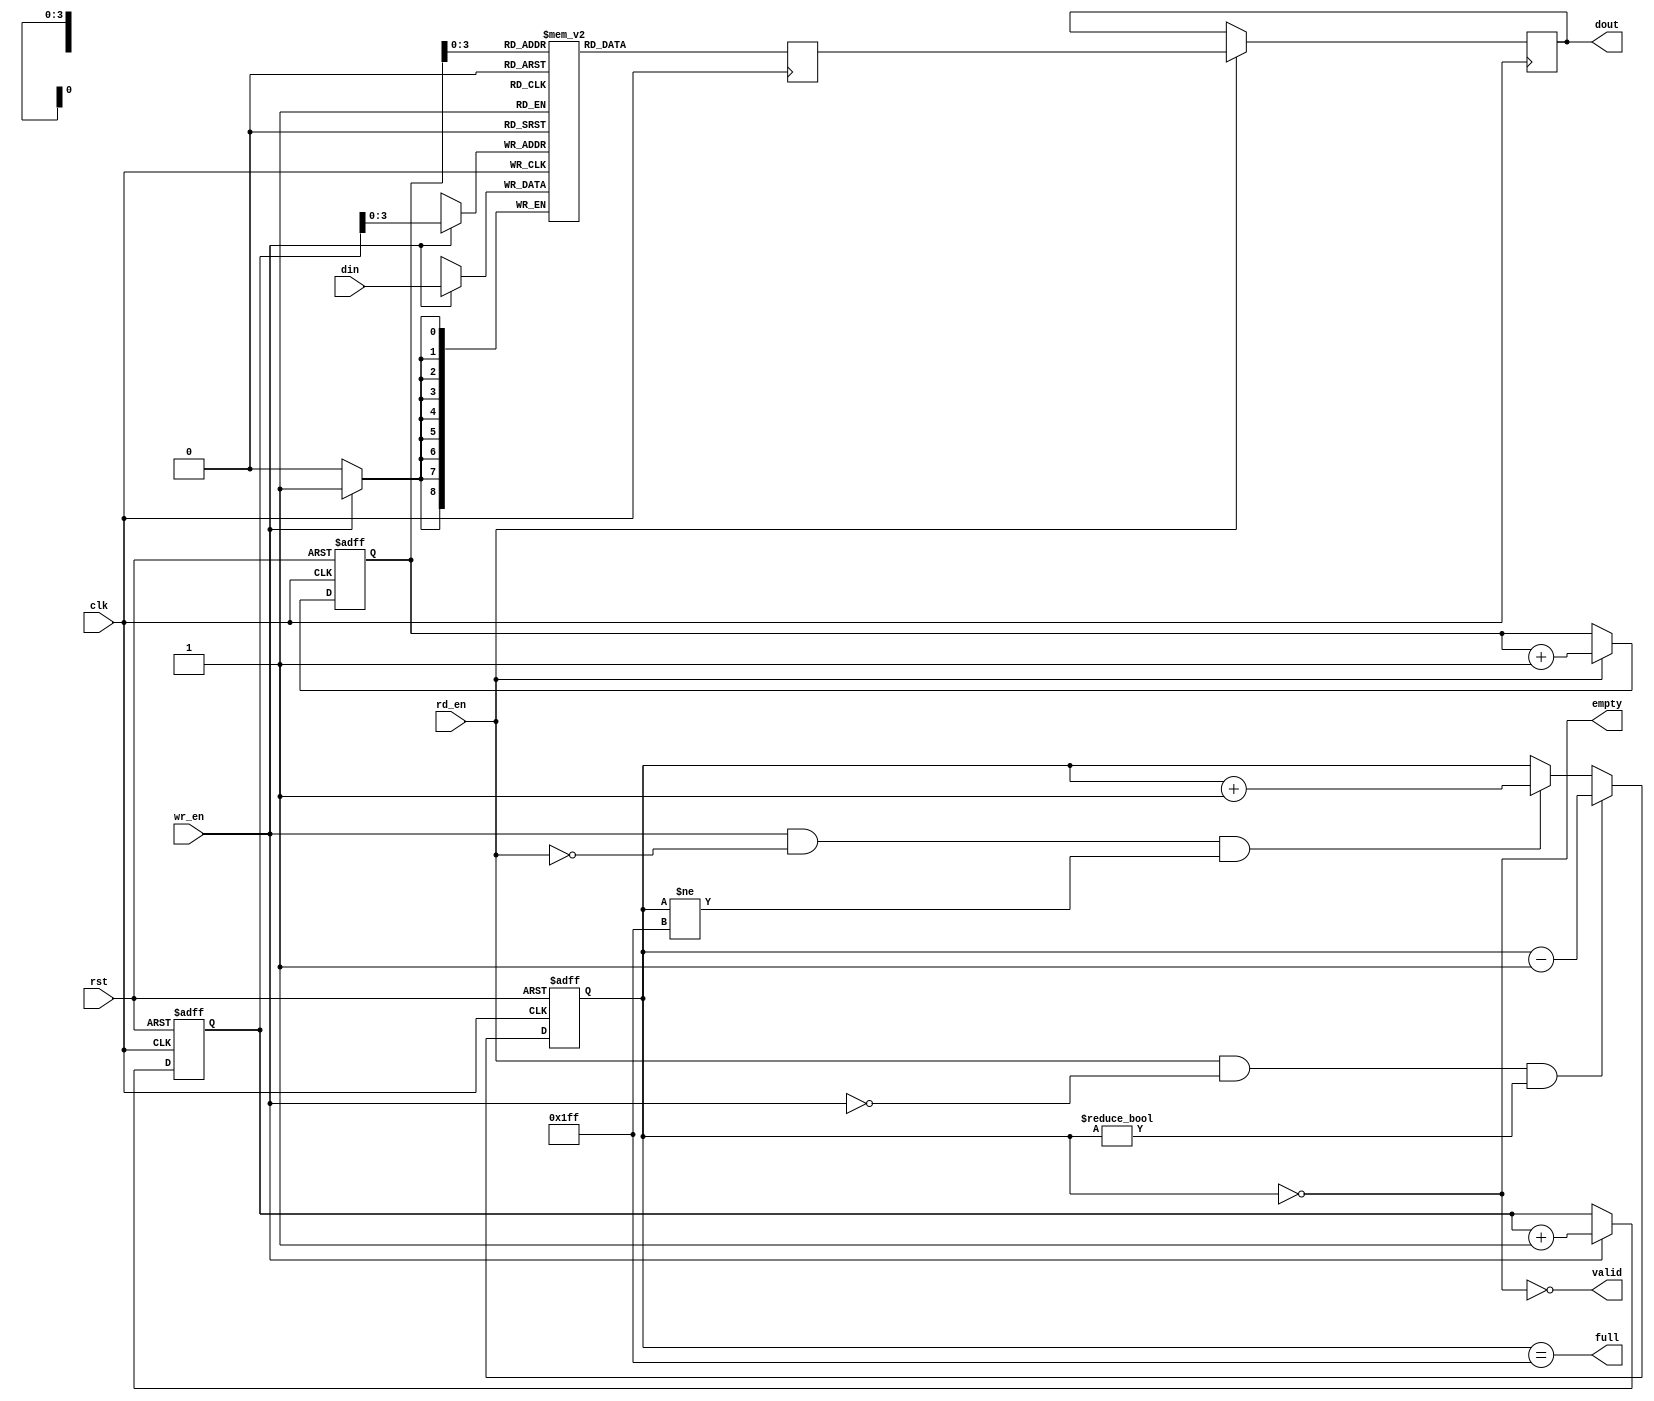
/*******************************************************************************
*     This file is owned and controlled by Xilinx and must be used             *
*     solely for design, simulation, implementation and creation of            *
*     design files limited to Xilinx devices or technologies. Use              *
*     with non-Xilinx devices or technologies is expressly prohibited          *
*     and immediately terminates your license.                                 *
*                                                                              *
*     XILINX IS PROVIDING THIS DESIGN, CODE, OR INFORMATION "AS IS"            *
*     SOLELY FOR USE IN DEVELOPING PROGRAMS AND SOLUTIONS FOR                  *
*     XILINX DEVICES.  BY PROVIDING THIS DESIGN, CODE, OR INFORMATION          *
*     AS ONE POSSIBLE IMPLEMENTATION OF THIS FEATURE, APPLICATION              *
*     OR STANDARD, XILINX IS MAKING NO REPRESENTATION THAT THIS                *
*     IMPLEMENTATION IS FREE FROM ANY CLAIMS OF INFRINGEMENT,                  *
*     AND YOU ARE RESPONSIBLE FOR OBTAINING ANY RIGHTS YOU MAY REQUIRE         *
*     FOR YOUR IMPLEMENTATION.  XILINX EXPRESSLY DISCLAIMS ANY                 *
*     WARRANTY WHATSOEVER WITH RESPECT TO THE ADEQUACY OF THE                  *
*     IMPLEMENTATION, INCLUDING BUT NOT LIMITED TO ANY WARRANTIES OR           *
*     REPRESENTATIONS THAT THIS IMPLEMENTATION IS FREE FROM CLAIMS OF          *
*     INFRINGEMENT, IMPLIED WARRANTIES OF MERCHANTABILITY AND FITNESS          *
*     FOR A PARTICULAR PURPOSE.                                                *
*                                                                              *
*     Xilinx products are not intended for use in life support                 *
*     appliances, devices, or systems. Use in such applications are            *
*     expressly prohibited.                                                    *
*                                                                              *
*     (c) Copyright 1995-2011 Xilinx, Inc.                                     *
*     All rights reserved.                                                     *
*******************************************************************************/
// You must compile the wrapper file fifo_16.v when simulating
// the core, fifo_16. When compiling the wrapper file, be sure to
// reference the XilinxCoreLib Verilog simulation library. For detailed
// instructions, please refer to the "CORE Generator Help".

// The synthesis directives "translate_off/translate_on" specified below are
// supported by Xilinx, Mentor Graphics and Synplicity synthesis
// tools. Ensure they are correct for your synthesis tool(s).

`timescale 1ns/1ps

module fifo_16(
  clk,
  rst,
  din,
  wr_en,
  rd_en,
  dout,
  full,
  empty,
  valid
);

parameter	AWIDTH	= 9;

input clk;
input rst;
input [8 : 0] din;
input wr_en;
input rd_en;
output [8 : 0] dout;
output full;
output empty;
output valid;

reg [8:0] wr_pointer;
reg [8:0] rd_pointer;
reg [9:0] status_cnt;
reg [8:0] q ;
reg [8:0] data_ram;

assign full = (status_cnt ==10'h1ff);
assign empty = (status_cnt == 10'h0);
assign dout = q;
assign valid = ~empty;

always @ (posedge clk or posedge rst)
begin  //WRITE_POINTER
  if (rst) begin
    wr_pointer <= 0;
  end 
  else begin
    if (wr_en)
		begin
			wr_pointer <= wr_pointer + 1'b1;
		end
  end
end
  
always @ (posedge clk or posedge rst)
begin  //READ_POINTER
  if (rst) begin
    rd_pointer <= 0;
  end 
  else begin
    if (rd_en)
		begin
			rd_pointer <= rd_pointer + 1'b1;
		end
  end
end  

always  @ (posedge clk )
begin  //READ_DATA
	if (rd_en) begin
		q <= data_ram;
	end
end
  
always @ (posedge clk or posedge rst)
begin // : STATUS_COUNTER
  if (rst) begin
    status_cnt <= 0;
  end
  else begin
    if ((rd_en) && (!wr_en) && (status_cnt != 0))
      status_cnt <= status_cnt - 1'b1;
    else if ((wr_en) && (!rd_en) && (status_cnt != 10'h1ff ))
      status_cnt <= status_cnt + 1'b1;
    else
      status_cnt <= status_cnt;
  end
end

reg [8:0] ram[8:0];

always @(posedge clk) begin
	if (wr_en) 
		ram[wr_pointer] <= din;

	data_ram <= ram[rd_pointer];
end

/*
// synthesis translate_off

  FIFO_GENERATOR_V8_1 #(
    .C_ADD_NGC_CONSTRAINT(0),
    .C_APPLICATION_TYPE_AXIS(0),
    .C_APPLICATION_TYPE_RACH(0),
    .C_APPLICATION_TYPE_RDCH(0),
    .C_APPLICATION_TYPE_WACH(0),
    .C_APPLICATION_TYPE_WDCH(0),
    .C_APPLICATION_TYPE_WRCH(0),
    .C_AXI_ADDR_WIDTH(32),
    .C_AXI_ARUSER_WIDTH(1),
    .C_AXI_AWUSER_WIDTH(1),
    .C_AXI_BUSER_WIDTH(1),
    .C_AXI_DATA_WIDTH(64),
    .C_AXI_ID_WIDTH(4),
    .C_AXI_RUSER_WIDTH(1),
    .C_AXI_TYPE(0),
    .C_AXI_WUSER_WIDTH(1),
    .C_AXIS_TDATA_WIDTH(64),
    .C_AXIS_TDEST_WIDTH(4),
    .C_AXIS_TID_WIDTH(8),
    .C_AXIS_TKEEP_WIDTH(4),
    .C_AXIS_TSTRB_WIDTH(4),
    .C_AXIS_TUSER_WIDTH(4),
    .C_AXIS_TYPE(0),
    .C_COMMON_CLOCK(1),
    .C_COUNT_TYPE(0),
    .C_DATA_COUNT_WIDTH(9),
    .C_DEFAULT_VALUE("BlankString"),
    .C_DIN_WIDTH(9),
    .C_DIN_WIDTH_AXIS(1),
    .C_DIN_WIDTH_RACH(32),
    .C_DIN_WIDTH_RDCH(64),
    .C_DIN_WIDTH_WACH(32),
    .C_DIN_WIDTH_WDCH(64),
    .C_DIN_WIDTH_WRCH(2),
    .C_DOUT_RST_VAL("0"),
    .C_DOUT_WIDTH(9),
    .C_ENABLE_RLOCS(0),
    .C_ENABLE_RST_SYNC(1),
    .C_ERROR_INJECTION_TYPE(0),
    .C_ERROR_INJECTION_TYPE_AXIS(0),
    .C_ERROR_INJECTION_TYPE_RACH(0),
    .C_ERROR_INJECTION_TYPE_RDCH(0),
    .C_ERROR_INJECTION_TYPE_WACH(0),
    .C_ERROR_INJECTION_TYPE_WDCH(0),
    .C_ERROR_INJECTION_TYPE_WRCH(0),
    .C_FAMILY("virtex6"),
    .C_FULL_FLAGS_RST_VAL(0),
    .C_HAS_ALMOST_EMPTY(0),
    .C_HAS_ALMOST_FULL(0),
    .C_HAS_AXI_ARUSER(0),
    .C_HAS_AXI_AWUSER(0),
    .C_HAS_AXI_BUSER(0),
    .C_HAS_AXI_RD_CHANNEL(0),
    .C_HAS_AXI_RUSER(0),
    .C_HAS_AXI_WR_CHANNEL(0),
    .C_HAS_AXI_WUSER(0),
    .C_HAS_AXIS_TDATA(0),
    .C_HAS_AXIS_TDEST(0),
    .C_HAS_AXIS_TID(0),
    .C_HAS_AXIS_TKEEP(0),
    .C_HAS_AXIS_TLAST(0),
    .C_HAS_AXIS_TREADY(1),
    .C_HAS_AXIS_TSTRB(0),
    .C_HAS_AXIS_TUSER(0),
    .C_HAS_BACKUP(0),
    .C_HAS_DATA_COUNT(0),
    .C_HAS_DATA_COUNTS_AXIS(0),
    .C_HAS_DATA_COUNTS_RACH(0),
    .C_HAS_DATA_COUNTS_RDCH(0),
    .C_HAS_DATA_COUNTS_WACH(0),
    .C_HAS_DATA_COUNTS_WDCH(0),
    .C_HAS_DATA_COUNTS_WRCH(0),
    .C_HAS_INT_CLK(0),
    .C_HAS_MASTER_CE(0),
    .C_HAS_MEMINIT_FILE(0),
    .C_HAS_OVERFLOW(0),
    .C_HAS_PROG_FLAGS_AXIS(0),
    .C_HAS_PROG_FLAGS_RACH(0),
    .C_HAS_PROG_FLAGS_RDCH(0),
    .C_HAS_PROG_FLAGS_WACH(0),
    .C_HAS_PROG_FLAGS_WDCH(0),
    .C_HAS_PROG_FLAGS_WRCH(0),
    .C_HAS_RD_DATA_COUNT(0),
    .C_HAS_RD_RST(0),
    .C_HAS_RST(1),
    .C_HAS_SLAVE_CE(0),
    .C_HAS_SRST(0),
    .C_HAS_UNDERFLOW(0),
    .C_HAS_VALID(1),
    .C_HAS_WR_ACK(0),
    .C_HAS_WR_DATA_COUNT(0),
    .C_HAS_WR_RST(0),
    .C_IMPLEMENTATION_TYPE(5),
    .C_IMPLEMENTATION_TYPE_AXIS(1),
    .C_IMPLEMENTATION_TYPE_RACH(1),
    .C_IMPLEMENTATION_TYPE_RDCH(1),
    .C_IMPLEMENTATION_TYPE_WACH(1),
    .C_IMPLEMENTATION_TYPE_WDCH(1),
    .C_IMPLEMENTATION_TYPE_WRCH(1),
    .C_INIT_WR_PNTR_VAL(0),
    .C_INTERFACE_TYPE(0),
    .C_MEMORY_TYPE(4),
    .C_MIF_FILE_NAME("BlankString"),
    .C_MSGON_VAL(1),
    .C_OPTIMIZATION_MODE(0),
    .C_OVERFLOW_LOW(0),
    .C_PRELOAD_LATENCY(2),
    .C_PRELOAD_REGS(1),
    .C_PRIM_FIFO_TYPE("512x36"),
    .C_PROG_EMPTY_THRESH_ASSERT_VAL(2),
    .C_PROG_EMPTY_THRESH_ASSERT_VAL_AXIS(1022),
    .C_PROG_EMPTY_THRESH_ASSERT_VAL_RACH(1022),
    .C_PROG_EMPTY_THRESH_ASSERT_VAL_RDCH(1022),
    .C_PROG_EMPTY_THRESH_ASSERT_VAL_WACH(1022),
    .C_PROG_EMPTY_THRESH_ASSERT_VAL_WDCH(1022),
    .C_PROG_EMPTY_THRESH_ASSERT_VAL_WRCH(1022),
    .C_PROG_EMPTY_THRESH_NEGATE_VAL(3),
    .C_PROG_EMPTY_TYPE(0),
    .C_PROG_EMPTY_TYPE_AXIS(5),
    .C_PROG_EMPTY_TYPE_RACH(5),
    .C_PROG_EMPTY_TYPE_RDCH(5),
    .C_PROG_EMPTY_TYPE_WACH(5),
    .C_PROG_EMPTY_TYPE_WDCH(5),
    .C_PROG_EMPTY_TYPE_WRCH(5),
    .C_PROG_FULL_THRESH_ASSERT_VAL(511),
    .C_PROG_FULL_THRESH_ASSERT_VAL_AXIS(1023),
    .C_PROG_FULL_THRESH_ASSERT_VAL_RACH(1023),
    .C_PROG_FULL_THRESH_ASSERT_VAL_RDCH(1023),
    .C_PROG_FULL_THRESH_ASSERT_VAL_WACH(1023),
    .C_PROG_FULL_THRESH_ASSERT_VAL_WDCH(1023),
    .C_PROG_FULL_THRESH_ASSERT_VAL_WRCH(1023),
    .C_PROG_FULL_THRESH_NEGATE_VAL(510),
    .C_PROG_FULL_TYPE(0),
    .C_PROG_FULL_TYPE_AXIS(5),
    .C_PROG_FULL_TYPE_RACH(5),
    .C_PROG_FULL_TYPE_RDCH(5),
    .C_PROG_FULL_TYPE_WACH(5),
    .C_PROG_FULL_TYPE_WDCH(5),
    .C_PROG_FULL_TYPE_WRCH(5),
    .C_RACH_TYPE(0),
    .C_RD_DATA_COUNT_WIDTH(9),
    .C_RD_DEPTH(512),
    .C_RD_FREQ(1),
    .C_RD_PNTR_WIDTH(9),
    .C_RDCH_TYPE(0),
    .C_REG_SLICE_MODE_AXIS(0),
    .C_REG_SLICE_MODE_RACH(0),
    .C_REG_SLICE_MODE_RDCH(0),
    .C_REG_SLICE_MODE_WACH(0),
    .C_REG_SLICE_MODE_WDCH(0),
    .C_REG_SLICE_MODE_WRCH(0),
    .C_UNDERFLOW_LOW(0),
    .C_USE_COMMON_OVERFLOW(0),
    .C_USE_COMMON_UNDERFLOW(0),
    .C_USE_DEFAULT_SETTINGS(0),
    .C_USE_DOUT_RST(1),
    .C_USE_ECC(0),
    .C_USE_ECC_AXIS(0),
    .C_USE_ECC_RACH(0),
    .C_USE_ECC_RDCH(0),
    .C_USE_ECC_WACH(0),
    .C_USE_ECC_WDCH(0),
    .C_USE_ECC_WRCH(0),
    .C_USE_EMBEDDED_REG(1),
    .C_USE_FIFO16_FLAGS(0),
    .C_USE_FWFT_DATA_COUNT(0),
    .C_VALID_LOW(0),
    .C_WACH_TYPE(0),
    .C_WDCH_TYPE(0),
    .C_WR_ACK_LOW(0),
    .C_WR_DATA_COUNT_WIDTH(9),
    .C_WR_DEPTH(512),
    .C_WR_DEPTH_AXIS(1024),
    .C_WR_DEPTH_RACH(16),
    .C_WR_DEPTH_RDCH(1024),
    .C_WR_DEPTH_WACH(16),
    .C_WR_DEPTH_WDCH(1024),
    .C_WR_DEPTH_WRCH(16),
    .C_WR_FREQ(1),
    .C_WR_PNTR_WIDTH(9),
    .C_WR_PNTR_WIDTH_AXIS(10),
    .C_WR_PNTR_WIDTH_RACH(4),
    .C_WR_PNTR_WIDTH_RDCH(10),
    .C_WR_PNTR_WIDTH_WACH(4),
    .C_WR_PNTR_WIDTH_WDCH(10),
    .C_WR_PNTR_WIDTH_WRCH(4),
    .C_WR_RESPONSE_LATENCY(1),
    .C_WRCH_TYPE(0)
  )
  inst (
    .CLK(clk),
    .RST(rst),
    .DIN(din),
    .WR_EN(wr_en),
    .RD_EN(rd_en),
    .DOUT(dout),
    .FULL(full),
    .EMPTY(empty),
    .VALID(valid),
    .BACKUP(),
    .BACKUP_MARKER(),
    .SRST(),
    .WR_CLK(),
    .WR_RST(),
    .RD_CLK(),
    .RD_RST(),
    .PROG_EMPTY_THRESH(),
    .PROG_EMPTY_THRESH_ASSERT(),
    .PROG_EMPTY_THRESH_NEGATE(),
    .PROG_FULL_THRESH(),
    .PROG_FULL_THRESH_ASSERT(),
    .PROG_FULL_THRESH_NEGATE(),
    .INT_CLK(),
    .INJECTDBITERR(),
    .INJECTSBITERR(),
    .ALMOST_FULL(),
    .WR_ACK(),
    .OVERFLOW(),
    .ALMOST_EMPTY(),
    .UNDERFLOW(),
    .DATA_COUNT(),
    .RD_DATA_COUNT(),
    .WR_DATA_COUNT(),
    .PROG_FULL(),
    .PROG_EMPTY(),
    .SBITERR(),
    .DBITERR(),
    .M_ACLK(),
    .S_ACLK(),
    .S_ARESETN(),
    .M_ACLK_EN(),
    .S_ACLK_EN(),
    .S_AXI_AWID(),
    .S_AXI_AWADDR(),
    .S_AXI_AWLEN(),
    .S_AXI_AWSIZE(),
    .S_AXI_AWBURST(),
    .S_AXI_AWLOCK(),
    .S_AXI_AWCACHE(),
    .S_AXI_AWPROT(),
    .S_AXI_AWQOS(),
    .S_AXI_AWREGION(),
    .S_AXI_AWUSER(),
    .S_AXI_AWVALID(),
    .S_AXI_AWREADY(),
    .S_AXI_WID(),
    .S_AXI_WDATA(),
    .S_AXI_WSTRB(),
    .S_AXI_WLAST(),
    .S_AXI_WUSER(),
    .S_AXI_WVALID(),
    .S_AXI_WREADY(),
    .S_AXI_BID(),
    .S_AXI_BRESP(),
    .S_AXI_BUSER(),
    .S_AXI_BVALID(),
    .S_AXI_BREADY(),
    .M_AXI_AWID(),
    .M_AXI_AWADDR(),
    .M_AXI_AWLEN(),
    .M_AXI_AWSIZE(),
    .M_AXI_AWBURST(),
    .M_AXI_AWLOCK(),
    .M_AXI_AWCACHE(),
    .M_AXI_AWPROT(),
    .M_AXI_AWQOS(),
    .M_AXI_AWREGION(),
    .M_AXI_AWUSER(),
    .M_AXI_AWVALID(),
    .M_AXI_AWREADY(),
    .M_AXI_WID(),
    .M_AXI_WDATA(),
    .M_AXI_WSTRB(),
    .M_AXI_WLAST(),
    .M_AXI_WUSER(),
    .M_AXI_WVALID(),
    .M_AXI_WREADY(),
    .M_AXI_BID(),
    .M_AXI_BRESP(),
    .M_AXI_BUSER(),
    .M_AXI_BVALID(),
    .M_AXI_BREADY(),
    .S_AXI_ARID(),
    .S_AXI_ARADDR(),
    .S_AXI_ARLEN(),
    .S_AXI_ARSIZE(),
    .S_AXI_ARBURST(),
    .S_AXI_ARLOCK(),
    .S_AXI_ARCACHE(),
    .S_AXI_ARPROT(),
    .S_AXI_ARQOS(),
    .S_AXI_ARREGION(),
    .S_AXI_ARUSER(),
    .S_AXI_ARVALID(),
    .S_AXI_ARREADY(),
    .S_AXI_RID(),
    .S_AXI_RDATA(),
    .S_AXI_RRESP(),
    .S_AXI_RLAST(),
    .S_AXI_RUSER(),
    .S_AXI_RVALID(),
    .S_AXI_RREADY(),
    .M_AXI_ARID(),
    .M_AXI_ARADDR(),
    .M_AXI_ARLEN(),
    .M_AXI_ARSIZE(),
    .M_AXI_ARBURST(),
    .M_AXI_ARLOCK(),
    .M_AXI_ARCACHE(),
    .M_AXI_ARPROT(),
    .M_AXI_ARQOS(),
    .M_AXI_ARREGION(),
    .M_AXI_ARUSER(),
    .M_AXI_ARVALID(),
    .M_AXI_ARREADY(),
    .M_AXI_RID(),
    .M_AXI_RDATA(),
    .M_AXI_RRESP(),
    .M_AXI_RLAST(),
    .M_AXI_RUSER(),
    .M_AXI_RVALID(),
    .M_AXI_RREADY(),
    .S_AXIS_TVALID(),
    .S_AXIS_TREADY(),
    .S_AXIS_TDATA(),
    .S_AXIS_TSTRB(),
    .S_AXIS_TKEEP(),
    .S_AXIS_TLAST(),
    .S_AXIS_TID(),
    .S_AXIS_TDEST(),
    .S_AXIS_TUSER(),
    .M_AXIS_TVALID(),
    .M_AXIS_TREADY(),
    .M_AXIS_TDATA(),
    .M_AXIS_TSTRB(),
    .M_AXIS_TKEEP(),
    .M_AXIS_TLAST(),
    .M_AXIS_TID(),
    .M_AXIS_TDEST(),
    .M_AXIS_TUSER(),
    .AXI_AW_INJECTSBITERR(),
    .AXI_AW_INJECTDBITERR(),
    .AXI_AW_PROG_FULL_THRESH(),
    .AXI_AW_PROG_EMPTY_THRESH(),
    .AXI_AW_DATA_COUNT(),
    .AXI_AW_WR_DATA_COUNT(),
    .AXI_AW_RD_DATA_COUNT(),
    .AXI_AW_SBITERR(),
    .AXI_AW_DBITERR(),
    .AXI_AW_OVERFLOW(),
    .AXI_AW_UNDERFLOW(),
    .AXI_W_INJECTSBITERR(),
    .AXI_W_INJECTDBITERR(),
    .AXI_W_PROG_FULL_THRESH(),
    .AXI_W_PROG_EMPTY_THRESH(),
    .AXI_W_DATA_COUNT(),
    .AXI_W_WR_DATA_COUNT(),
    .AXI_W_RD_DATA_COUNT(),
    .AXI_W_SBITERR(),
    .AXI_W_DBITERR(),
    .AXI_W_OVERFLOW(),
    .AXI_W_UNDERFLOW(),
    .AXI_B_INJECTSBITERR(),
    .AXI_B_INJECTDBITERR(),
    .AXI_B_PROG_FULL_THRESH(),
    .AXI_B_PROG_EMPTY_THRESH(),
    .AXI_B_DATA_COUNT(),
    .AXI_B_WR_DATA_COUNT(),
    .AXI_B_RD_DATA_COUNT(),
    .AXI_B_SBITERR(),
    .AXI_B_DBITERR(),
    .AXI_B_OVERFLOW(),
    .AXI_B_UNDERFLOW(),
    .AXI_AR_INJECTSBITERR(),
    .AXI_AR_INJECTDBITERR(),
    .AXI_AR_PROG_FULL_THRESH(),
    .AXI_AR_PROG_EMPTY_THRESH(),
    .AXI_AR_DATA_COUNT(),
    .AXI_AR_WR_DATA_COUNT(),
    .AXI_AR_RD_DATA_COUNT(),
    .AXI_AR_SBITERR(),
    .AXI_AR_DBITERR(),
    .AXI_AR_OVERFLOW(),
    .AXI_AR_UNDERFLOW(),
    .AXI_R_INJECTSBITERR(),
    .AXI_R_INJECTDBITERR(),
    .AXI_R_PROG_FULL_THRESH(),
    .AXI_R_PROG_EMPTY_THRESH(),
    .AXI_R_DATA_COUNT(),
    .AXI_R_WR_DATA_COUNT(),
    .AXI_R_RD_DATA_COUNT(),
    .AXI_R_SBITERR(),
    .AXI_R_DBITERR(),
    .AXI_R_OVERFLOW(),
    .AXI_R_UNDERFLOW(),
    .AXIS_INJECTSBITERR(),
    .AXIS_INJECTDBITERR(),
    .AXIS_PROG_FULL_THRESH(),
    .AXIS_PROG_EMPTY_THRESH(),
    .AXIS_DATA_COUNT(),
    .AXIS_WR_DATA_COUNT(),
    .AXIS_RD_DATA_COUNT(),
    .AXIS_SBITERR(),
    .AXIS_DBITERR(),
    .AXIS_OVERFLOW(),
    .AXIS_UNDERFLOW()
  );

// synthesis translate_on
*/
endmodule